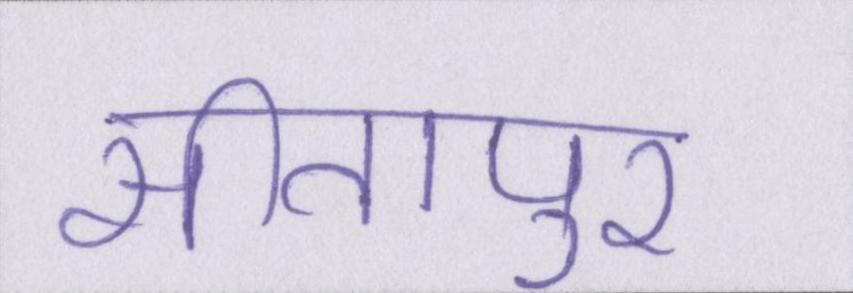
सीतापुर